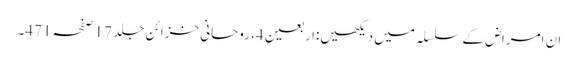
ان امراض کے سلسلہ میں دیکھیں:اربعین4، روحانی خزائن جلد 17 صفحہ 471۔